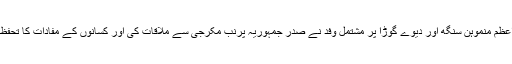
26 قائدین بشمول سابق وزرائے اعظم منموہن سنگھ اور دیوے گوڑا پر مشتمل وفد نے صدر جمہوریہ پرنب مکرجی سے ملاقات کی اور کسانوں کے مفادات کا تحفظ کرنے کی ضرورت پر زور دیا۔